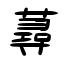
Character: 蕁